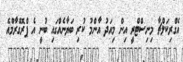
އެގްރިކަލްޗާ މިނިސްޓްރީ އިން މިއަދު އާންމު ކުރި ބަޔާނެއްގައި ބުނީ އެ ޕްރޮގްރާމްއެ